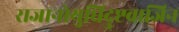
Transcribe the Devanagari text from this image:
राजानोयुधिदुष्टवाजिन